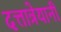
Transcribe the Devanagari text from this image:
दत्तात्रेयानी